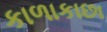
કાળાકાછા